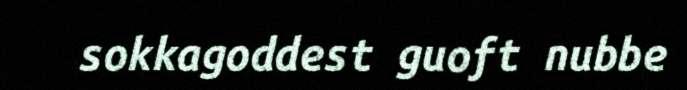
sokkagoddest guoft nubbe